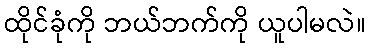
ထိုင်ခုံကို ဘယ်ဘက်ကို ယူပါမလဲ။